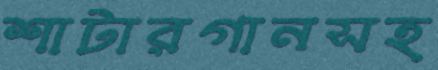
শাটারগানসহ